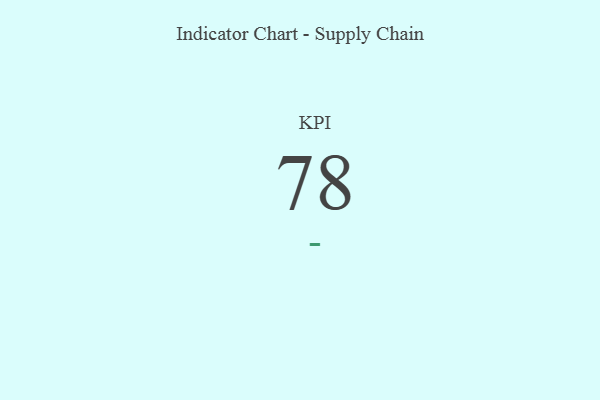
{"axis": {"x": "KPI", "y": "Value"}, "legend": [""], "data": [{"x": "KPI", "y": 78, "type": ""}]}